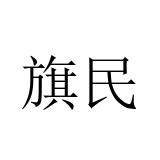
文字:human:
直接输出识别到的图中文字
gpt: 旗民